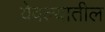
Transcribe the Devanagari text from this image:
येवल्यातील